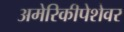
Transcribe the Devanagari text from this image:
अमेरिकीपेशेवर